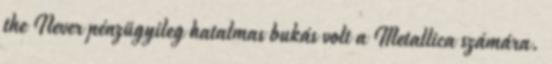
the Never pénzügyileg hatalmas bukás volt a Metallica számára.